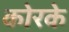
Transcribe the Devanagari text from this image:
कोरके